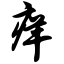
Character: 痒